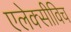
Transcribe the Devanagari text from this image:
एलेक्सीविच